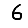
Digit: 6